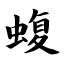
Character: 蝮